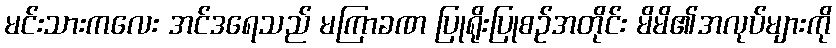
မင်းသားကလေး အင်ဒရေသည် မကြာခဏ ပြုရိုးပြုစဉ်အတိုင်း မိမိ၏အလုပ်များကို